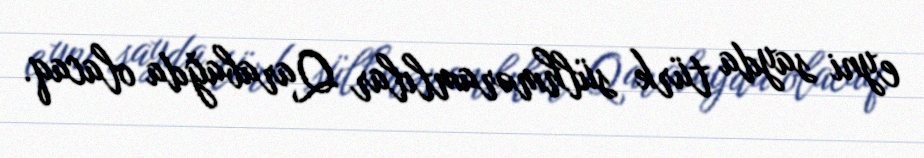
eyni sayda türk sülhməramlılar Qarabağda olacaq.